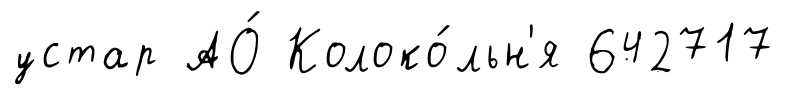
устар АО́ Колоко́льн'я 642717